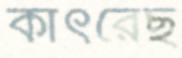
কাৎরেছ